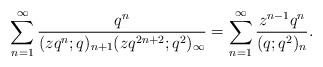
LaTeX: \begin{align*}\sum_{n=1}^{\infty} \frac{q^{n}}{(zq^n;q)_{n+1} (zq^{2n+2};q^2)_{\infty}}=\sum_{n=1}^{\infty} \frac{z^{n-1} q^{n}}{(q;q^2)_n}. \end{align*}